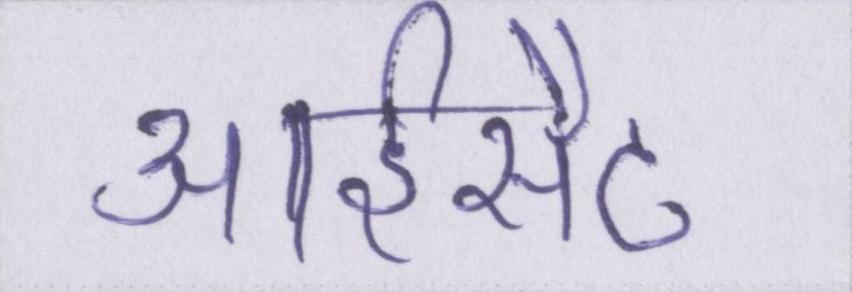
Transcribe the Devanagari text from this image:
आईसैट